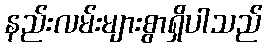
နည်းလမ်းများစွာရှိပါသည်